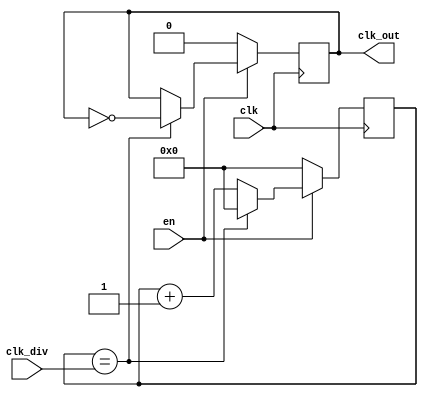
module clk_div(
					input clk,
					input en,
					input [7:0] clk_div,
					
					output reg clk_out
					);
					reg [7:0] cnt;
					always@(posedge clk)
							  if (~en) begin
											cnt <= 8'b0;
											clk_out <= 1'b0;
											end
											else if (cnt == clk_div) begin
														cnt <= 8'b0;
														clk_out<= ~clk_out;
														end
														else cnt <= cnt + 1'b1;
				endmodule